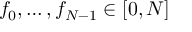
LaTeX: f _ { 0 } , \ldots , f _ { N - 1 } \in [ 0 , N ]